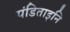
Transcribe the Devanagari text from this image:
पंडिताइनि